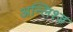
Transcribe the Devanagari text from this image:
अन्लिश्ड